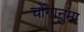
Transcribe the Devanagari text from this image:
चोंगानुमा